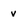
Character: v